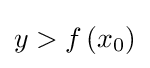
y>f\left(x_{0}\right)